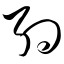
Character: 约